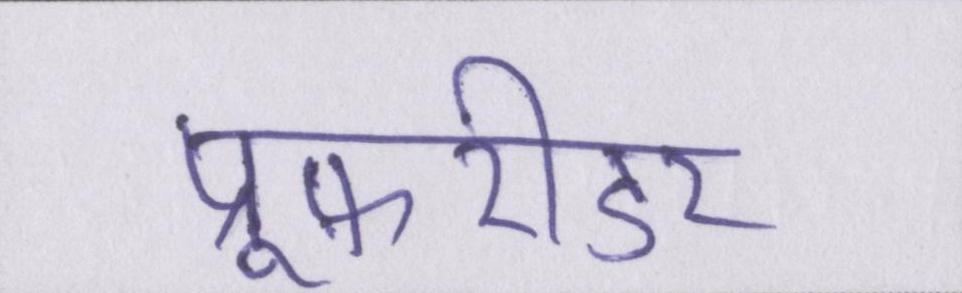
प्रूफ़रीडर